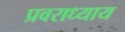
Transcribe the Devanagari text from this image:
प्रवराध्याय